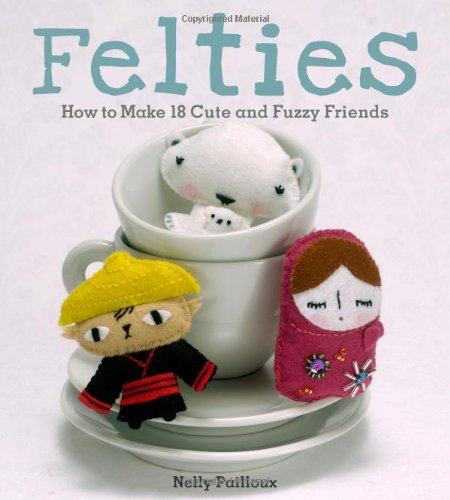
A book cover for Felties: How to Make 18 Cute and Fuzzy Friends from Felt; Nelly Pailloux; Crafts, Hobbies & Home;